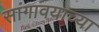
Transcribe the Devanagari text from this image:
सांगावयाच्या